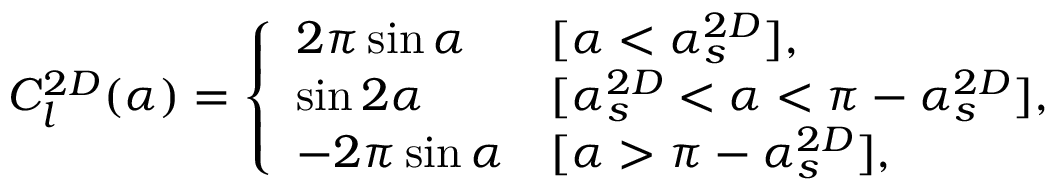
\begin{array} { r } { C _ { l } ^ { 2 D } ( \alpha ) = \left\{ \begin{array} { l l } { 2 \pi \sin \alpha } & { [ \alpha < \alpha _ { s } ^ { 2 D } ] , } \\ { \sin 2 \alpha } & { [ \alpha _ { s } ^ { 2 D } < \alpha < \pi - \alpha _ { s } ^ { 2 D } ] , } \\ { - 2 \pi \sin \alpha } & { [ \alpha > \pi - \alpha _ { s } ^ { 2 D } ] , } \end{array} \right. } \end{array}